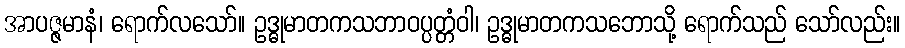
အာပဇ္ဇမာနံ၊ ရောက်လသော်။ ဥဒ္ဓုမာတကသဘာဝပ္ပတ္တံဝါ၊ ဥဒ္ဓုမာတကသဘောသို့ ရောက်သည် သော်လည်း။